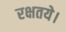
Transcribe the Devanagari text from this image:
रक्षतये।